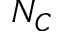
N _ { C }